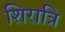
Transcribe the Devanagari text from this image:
शिरात्रि